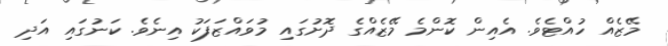
މޭޒެއް ހުއްޓެވެ. އެއިން ކޮންމެ މޭޒެއްގެ ދޮށުގައި މުވައްޒަފަކު އިނެވެ. ކަނުގައި އަދި